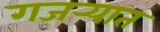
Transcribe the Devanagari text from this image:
गजर्‍यात